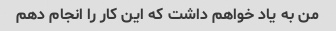
من به یاد خواهم داشت که این کار را انجام دهم